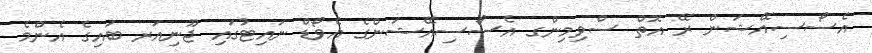
އެސޯސިއޭޝަން ރޭ އޮތް ސްވިމިންގ އެސޯސިއޭޝަންގެ އެވޯޑް ނައިޓުގައި ޖޫނިއަރ ބައިގެ އެންމެ